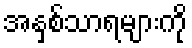
အနှစ်သာရများကို